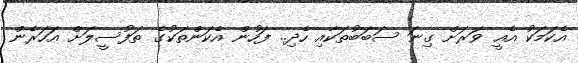
އެކަމަކު އެއީ ވަރަށް ގިނަ ސަބަބުތަކާއި ހެދި.. ފަހުން އެކަންތަކުގެ ތަފުސީލަށް އަހަރެން